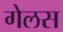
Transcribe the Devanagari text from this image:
गेलस